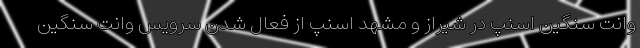
وانت سنگین اسنپ در شیراز و مشهد اسنپ از فعال شدن سرویس وانت سنگین